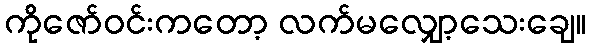
ကိုဇော်ဝင်းကတော့ လက်မလျှော့သေးချေ။